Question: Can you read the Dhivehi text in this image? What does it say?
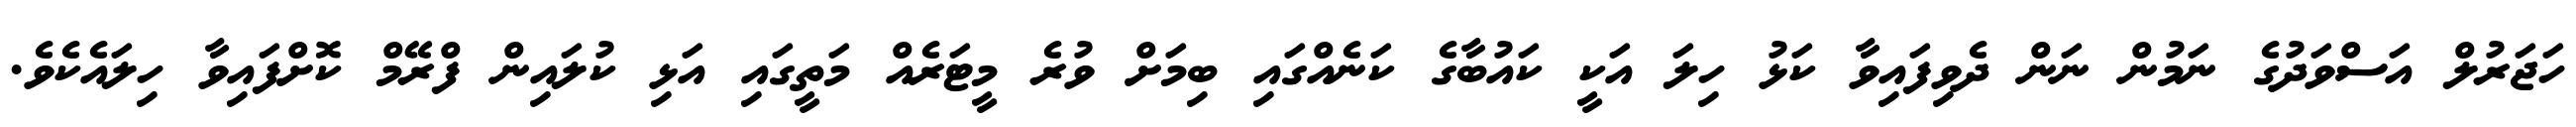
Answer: ހަޖަރުލް އަސްވަދުގެ ނަމުން ނަން ދެވިފައިވާ ކަޅު ހިލަ އަކީ ކައުބާގެ ކަނެއްގައި ބިމަށް ވުރެ މީޓަރެއް މަތީގައި އަޅި ކުލައިން ފްރޭމް ކޮށްފައިވާ ހިލައެކެވެ.